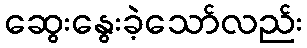
ဆွေးနွေးခဲ့သော်လည်း